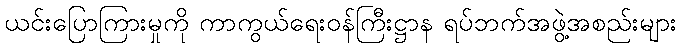
ယင်းပြောကြားမှုကို ကာကွယ်ရေးဝန်ကြီးဋ္ဌာန ရပ်ဘက်အဖွဲ့အစည်းများ